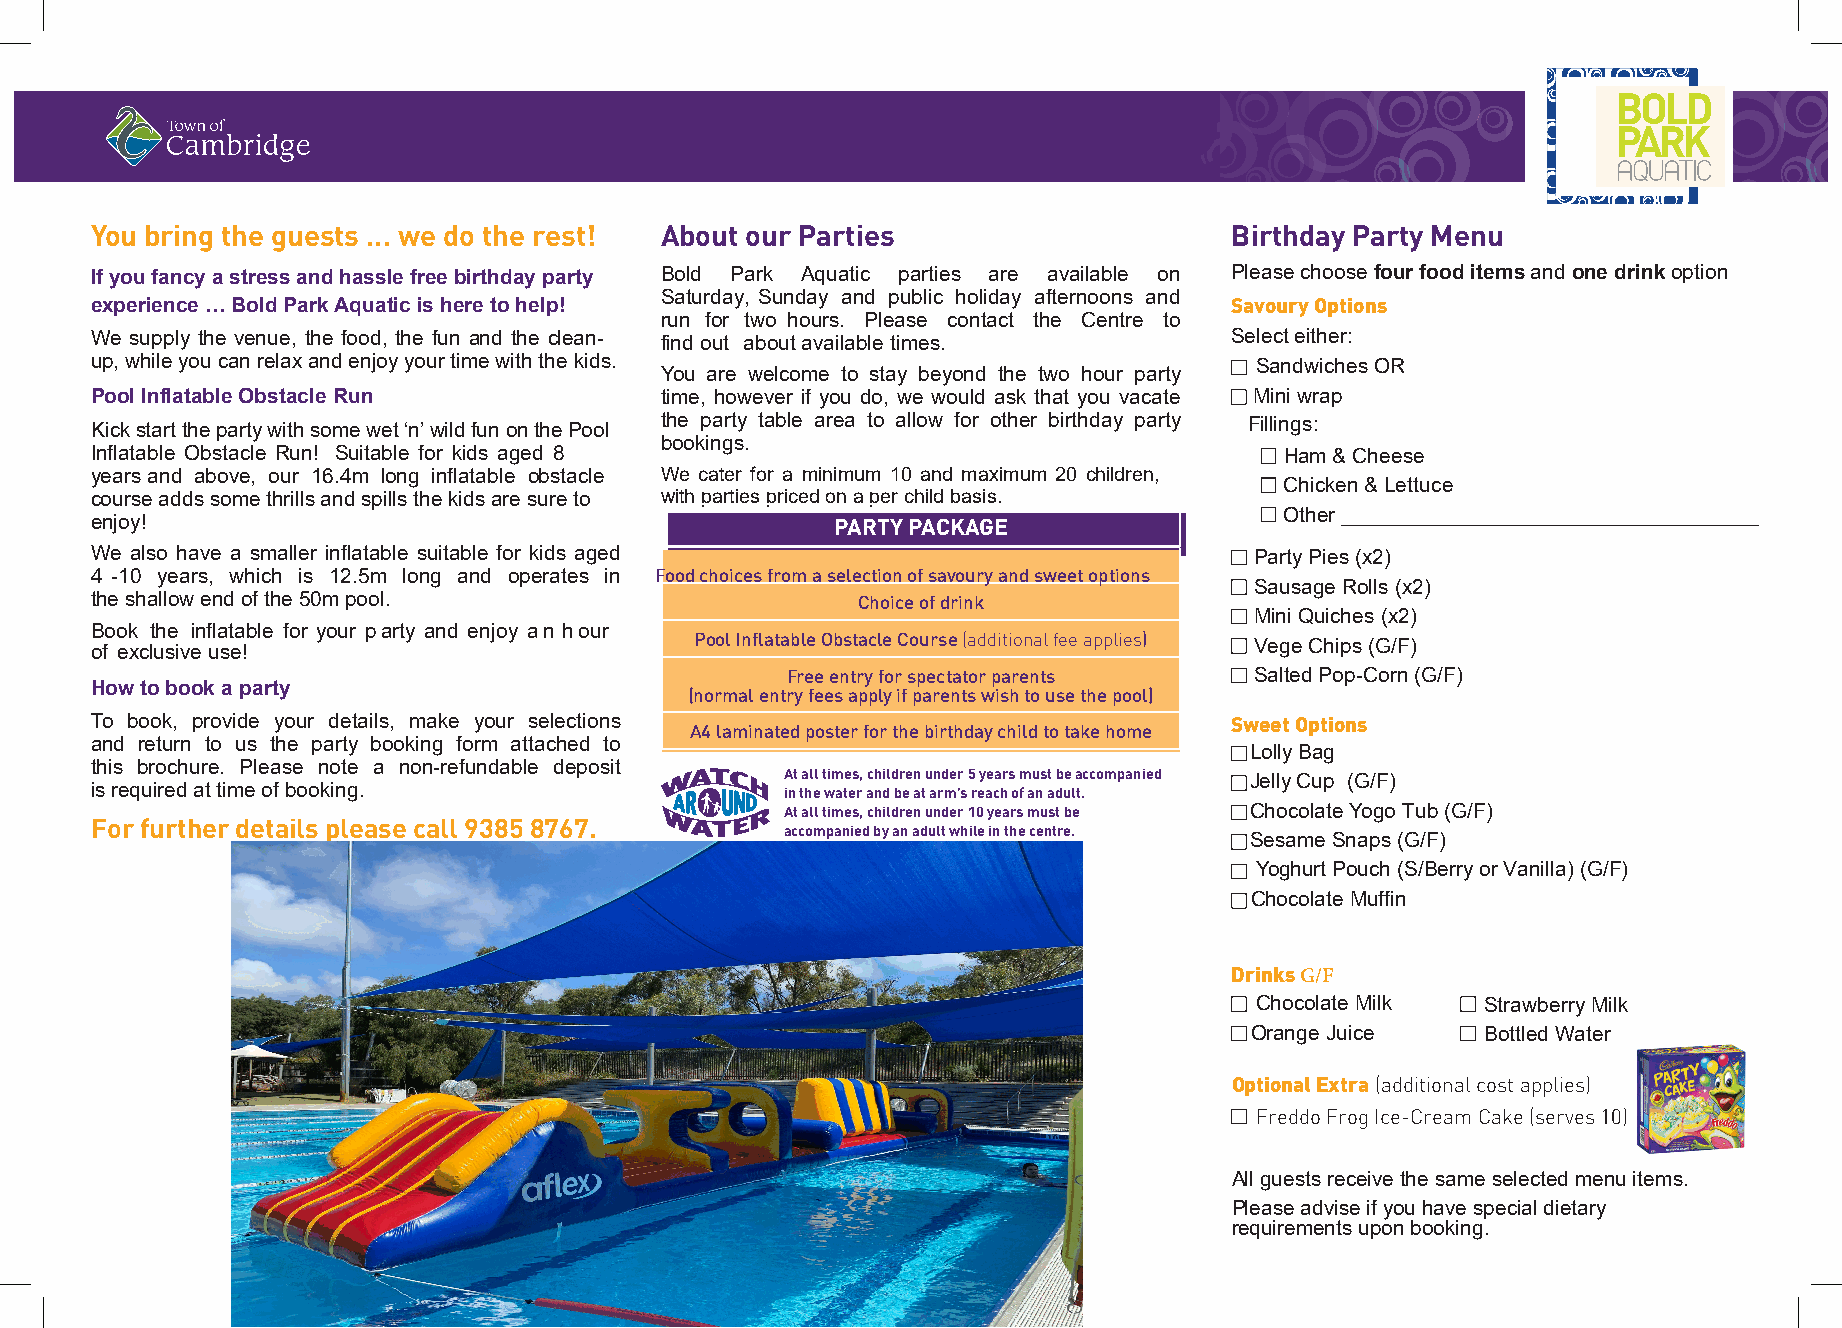
BOLD
 PARK
 You bring the guests … we do the rest! About our Parties                    Birthday Party Menu
 If you fancy a stress and hassle free birthday party Bold Park Aquatic parties are available on Please choose four food items and one drink option
 experience … Bold Park Aquatic is here to help! Saturday, Sunday and public holiday afternoons and Savoury Options
 run for two hours. Please contact the Centre to
 We supply the venue, the food, the fun and the clean- find out about available times. Select either:
 up, while you can relax and enjoy your time with the kids.                   Sandwiches OR
 You are welcome to stay beyond the two hour party
 Pool Inflatable Obstacle Run          time, however if you do, we would ask that you vacate Mini wrap
 Kick start the party with some wet ‘n’ wild fun on the Pool the party table area to allow for other birthday party Fillings:
 bookings.
 Inflatable Obstacle Run! Suitable for kids aged 8                              Ham & Cheese
 years and above, our 16.4m long inflatable obstacle We cater for a minimum 10 and maximum 20 children,
 Chicken & Lettuce
 course adds some thrills and spills the kids are sure to with parties priced on a per child basis.
 Other ____________________________________
 enjoy!                                           PARTY PACKAGE
 We also have a smaller inflatable suitable for kids aged                     Party Pies (x2)
 4 -10 years, which is 12.5m long and operates in Food choices from a selection of savoury and sweet options
 Sausage Rolls (x2)
 the shallow end of the 50m pool.                   Choice of drink
 Mini Quiches (x2)
 Book the inflatable for your p arty and enjoy a n h our
 Pool Inflatable Obstacle Course (additional fee applies)
 Vege Chips (G/F)
 of exclusive use!
 Free entry for spectator parents Salted Pop-Corn (G/F)
 How to book a party                     (normal entry fees apply if parents wish to use the pool)
 To book, provide your details, make your selections                        Sweet Options
 A4 laminated poster for the birthday child to take home
 and return to us the party booking form attached to
 Lolly Bag
 this brochure. Please note a non-refundable deposit
 At all times, children under 5 years must be accompanied
 Jelly Cup (G/F)
 is required at time of booking.               in the water and be at arm’s reach of an adult.
 At all times, children under 10 years must be Chocolate Yogo Tub (G/F)
 For further details please call 9385 8767.
 accompanied by an adult while in the centre.
 Sesame Snaps (G/F)
 Yoghurt Pouch (S/Berry or Vanilla) (G/F)
 Chocolate Muffin
 Drinks G/F
 Chocolate Milk Strawberry Milk
 Orange Juice   Bottled Water
 Optional Extra (additional cost applies)
 Freddo Frog Ice-Cream Cake (serves 10)
 All guests receive the same selected menu items.
 Please advise if you have special dietary
 requirements upon booking.